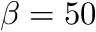
\beta = 5 0